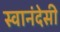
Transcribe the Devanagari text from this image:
स्वानंदेसी